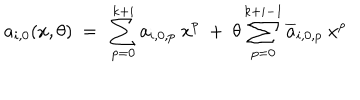
a _ { i , 0 } ( x , \theta ) \ = \ \sum _ { p = 0 } ^ { k + i } a _ { i , 0 , p } \ x ^ { p } \ + \ \theta \sum _ { p = 0 } ^ { k + i - 1 } \overline { { { a } } } _ { i , 0 , p } \ x ^ { p }